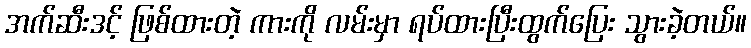
အက်ဆီးဒင့် ဖြစ်ထားတဲ့ ကားကို လမ်းမှာ ရပ်ထားပြီးထွက်ပြေး သွားခဲ့တယ်။